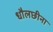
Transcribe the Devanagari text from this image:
धौलछीना